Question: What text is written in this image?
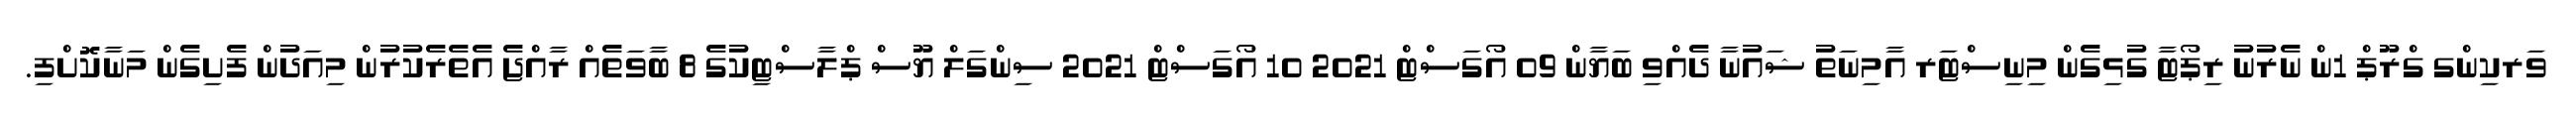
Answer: ވަރކިންގ ގްރޫޕް 1ން ނެރުނު ރިޕޯޓާ ގުޅިގެން މިނިސްޓަރ އާމިނަތު ޝައުނާ ދެއްވި ބަޔާން 09 އޯގަސްޓް 2021 10 އޯގަސްޓް 2021 ސިންގަލް ޔޫސް ޕްލާސްޓިކުގެ 8 ބާވަތެއް ރާއްޖެ އެތެރެކުރުން މިއަދުން ފެށިގެން މަނާކޮށްފި.